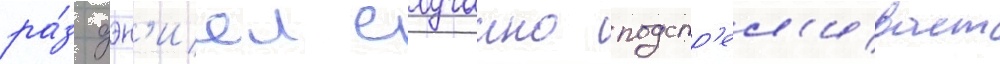
ра́з дэн'иел случаино подстр'ел'ивает